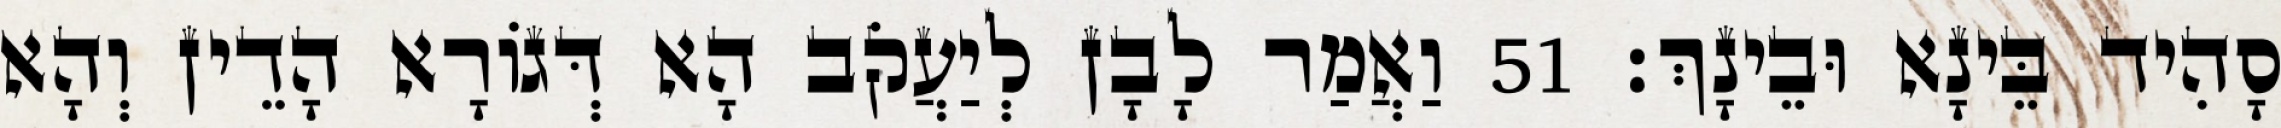
סָהִיד בֵּינָא וּבֵינָךְ׃ 51 וַאֲמַר לָבָן לְיַעֲקֹב הָא דְּגוֹרָא הָדֵין וְהָא